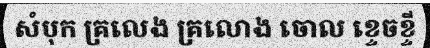
សំបុក គ្រលេង គ្រលោង ចោល ខ្ទេចខ្ទី